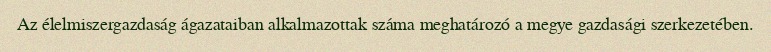
Az élelmiszergazdaság ágazataiban alkalmazottak száma meghatározó a megye gazdasági szerkezetében.